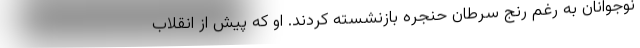
نوجوانان به رغم رنج سرطان حنجره بازنشسته کردند. او که پیش از انقلاب